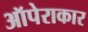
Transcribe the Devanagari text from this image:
ऑपेराकार